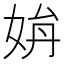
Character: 𡜫